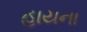
હાયના